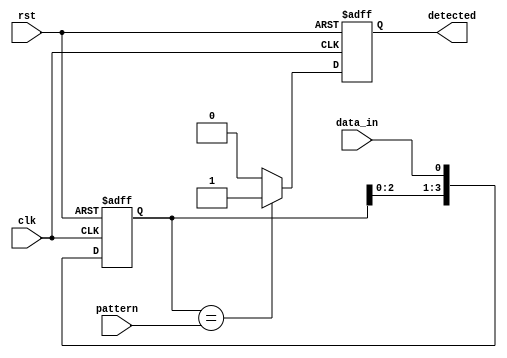
module pattern_detector #(
    parameter PATTERN_LENGTH = 4 // Length of the pattern to be detected
)(
    input wire clk,               // Clock signal
    input wire rst,               // Reset signal
    input wire data_in,           // Input data stream
    input wire [PATTERN_LENGTH-1:0] pattern, // Pattern to detect
    output reg detected           // Output signal indicating detection
);

    // Flip-flops to store incoming data
    reg [PATTERN_LENGTH-1:0] shift_reg; // Shift register for captured bits

    // Sequential logic for data capture
    always @(posedge clk or posedge rst) begin
        if (rst) begin
            shift_reg <= 0; // Reset shift register
            detected <= 0;  // Reset detection signal
        end else begin
            // Shift in new data
            shift_reg <= {shift_reg[PATTERN_LENGTH-2:0], data_in};
            // Compare with the pattern after capturing enough bits
            if (shift_reg == pattern) begin
                detected <= 1; // Pattern detected
            end else begin
                detected <= 0; // Pattern not detected
            end
        end
    end

endmodule